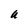
Character: U